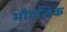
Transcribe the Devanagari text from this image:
भौगलिक